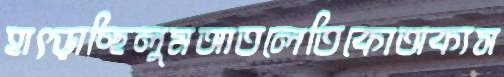
হাৎড়াচ্ছিলুমআতলেতিকোঅক্যস